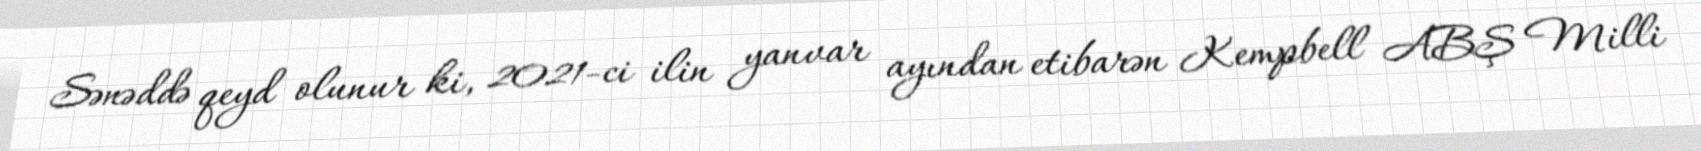
Sənəddə qeyd olunur ki, 2021-ci ilin yanvar ayından etibarən Kempbell ABŞ Milli